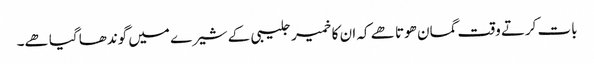
بات کرتے وقت گمان ھوتا ھے کہ ان کا خمیر جلیبی کے شیرے میں گوندھا گیا ھے۔